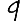
Digit: 9